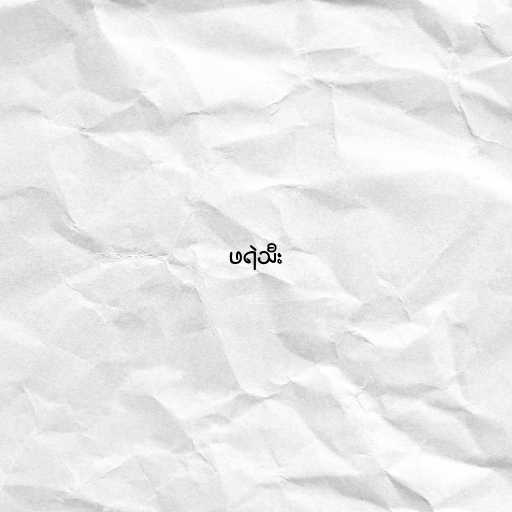
ဖရဲသီး